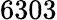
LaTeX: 6303